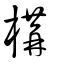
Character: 構